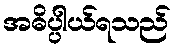
အဓိပ္ပါယ်ရသည်